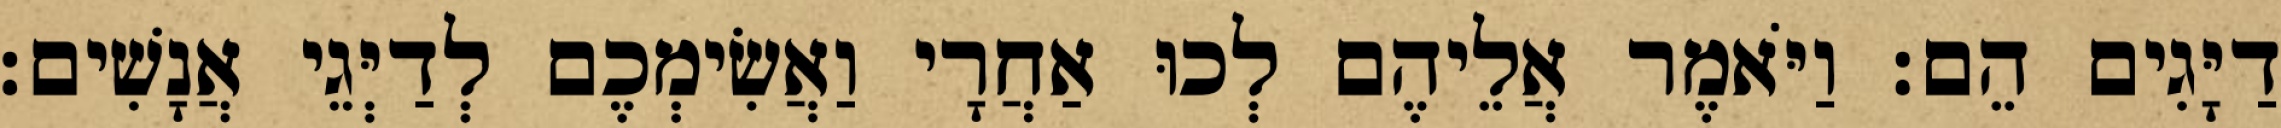
דַיָּגִים הֵם׃ וַיֹּאמֶר אֲלֵיהֶם לְכוּ אַחֲרָי וַאֲשִׂימְכֶם לְדַיְּגֵי אֲנָשִׁים׃